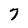
Character: 7